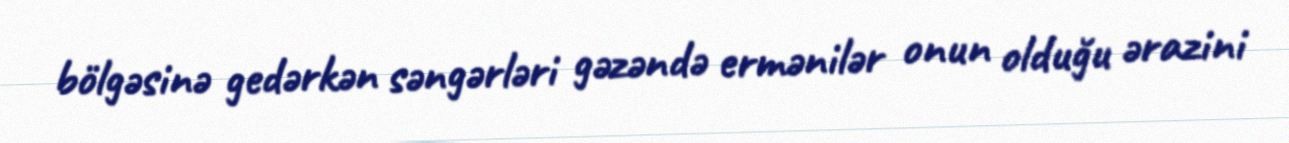
bölgəsinə gedərkən səngərləri gəzəndə ermənilər onun olduğu ərazini